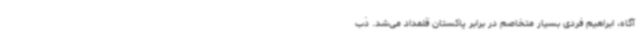
آگاه، ابراهیم فردی بسیار متخاصم در برابر پاکستان قلمداد می‌شد. ذب